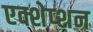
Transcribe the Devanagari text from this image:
एक्शेप्शन